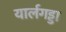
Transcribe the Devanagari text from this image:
यार्लगड्डा